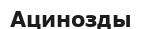
Ацинозды